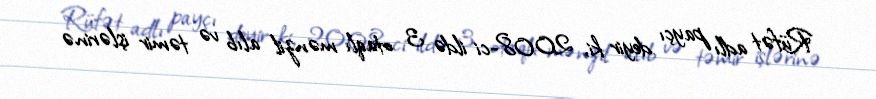
Rüfət adlı payçı deyir ki, 2008-ci ildə 3 otaqlı mənzil alıb və təmir işlərinə